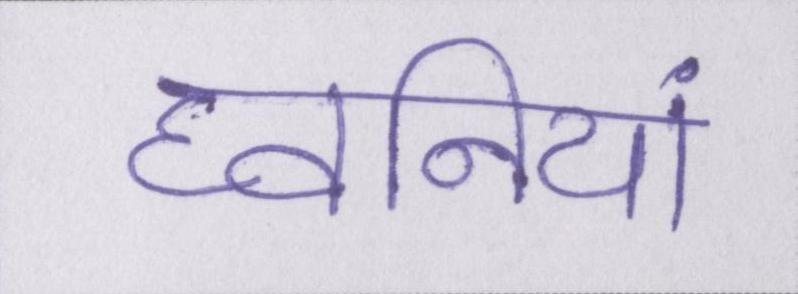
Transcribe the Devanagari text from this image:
घ्वनियां